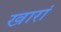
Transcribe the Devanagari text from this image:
खारां